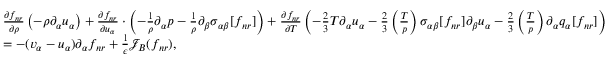
\begin{array} { r l } & { \frac { \partial f _ { n r } } { \partial \rho } \left( - \rho \partial _ { \alpha } u _ { \alpha } \right) + \frac { \partial f _ { n r } } { \partial u _ { \alpha } } \cdot \left( - \frac { 1 } { \rho } \partial _ { \alpha } p - \frac { 1 } { \rho } \partial _ { \beta } { \sigma } _ { \alpha \beta } [ f _ { n r } ] \right) + \frac { \partial f _ { n r } } { \partial T } \left( - \frac { 2 } { 3 } T \partial _ { \alpha } u _ { \alpha } - \frac { 2 } { 3 } \left( \frac { T } { p } \right) { \sigma } _ { \alpha \beta } [ f _ { n r } ] \partial _ { \beta } u _ { \alpha } - \frac { 2 } { 3 } \left( \frac { T } { p } \right) \partial _ { \alpha } q _ { \alpha } [ f _ { n r } ] \right) } \\ & { = - ( v _ { \alpha } - u _ { \alpha } ) \partial _ { \alpha } f _ { n r } + \frac { 1 } { \epsilon } \mathcal { J } _ { B } ( f _ { n r } ) , } \end{array}